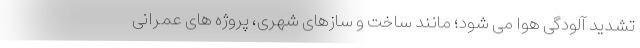
تشدید آلودگی هوا می شود؛ مانند ساخت و سازهای شهری، پروژه های عمرانی